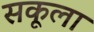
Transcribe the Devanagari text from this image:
सकूला